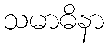
သမာဓိနာ